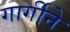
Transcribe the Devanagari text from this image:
गार्गीने